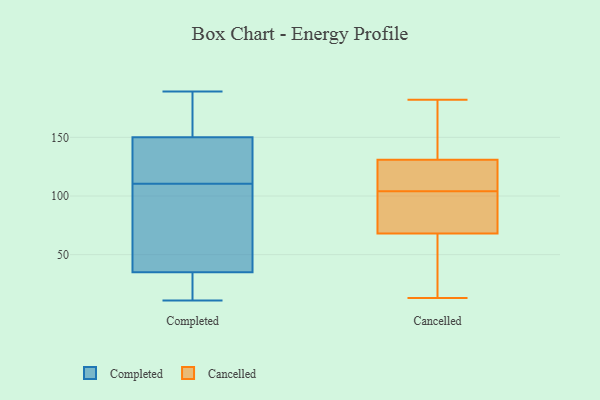
{"axis": {"x": "Population (Million)", "y": "Value"}, "legend": ["Cancelled", "Completed"], "data": [{"x": "", "y": 182, "type": "Completed"}, {"x": "", "y": 112, "type": "Completed"}, {"x": "", "y": 123, "type": "Completed"}, {"x": "", "y": 19, "type": "Completed"}, {"x": "", "y": 35, "type": "Completed"}, {"x": "", "y": 30, "type": "Completed"}, {"x": "", "y": 173, "type": "Completed"}, {"x": "", "y": 150, "type": "Completed"}, {"x": "", "y": 109, "type": "Completed"}, {"x": "", "y": 145, "type": "Completed"}, {"x": "", "y": 74, "type": "Completed"}, {"x": "", "y": 11, "type": "Completed"}, {"x": "", "y": 62, "type": "Completed"}, {"x": "", "y": 189, "type": "Completed"}, {"x": "", "y": 129, "type": "Cancelled"}, {"x": "", "y": 39, "type": "Cancelled"}, {"x": "", "y": 20, "type": "Cancelled"}, {"x": "", "y": 64, "type": "Cancelled"}, {"x": "", "y": 105, "type": "Cancelled"}, {"x": "", "y": 90, "type": "Cancelled"}, {"x": "", "y": 87, "type": "Cancelled"}, {"x": "", "y": 13, "type": "Cancelled"}, {"x": "", "y": 129, "type": "Cancelled"}, {"x": "", "y": 72, "type": "Cancelled"}, {"x": "", "y": 110, "type": "Cancelled"}, {"x": "", "y": 175, "type": "Cancelled"}, {"x": "", "y": 103, "type": "Cancelled"}, {"x": "", "y": 133, "type": "Cancelled"}, {"x": "", "y": 107, "type": "Cancelled"}, {"x": "", "y": 182, "type": "Cancelled"}, {"x": "", "y": 159, "type": "Cancelled"}, {"x": "", "y": 35, "type": "Cancelled"}, {"x": "", "y": 96, "type": "Cancelled"}, {"x": "", "y": 179, "type": "Cancelled"}]}